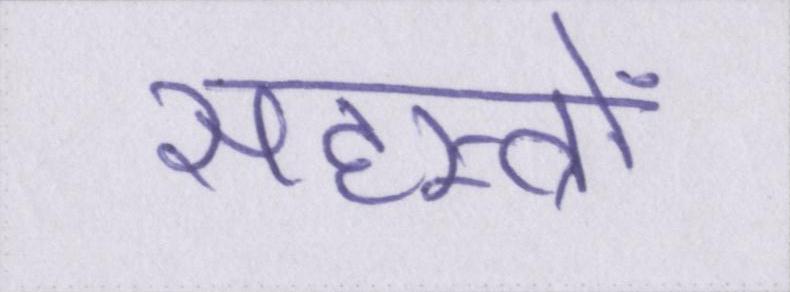
सहस्त्रों